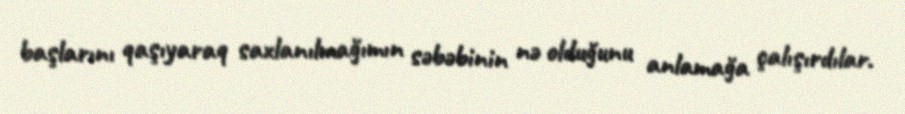
başlarını qaşıyaraq saxlanılmağımın səbəbinin nə olduğunu anlamağa çalışırdılar.